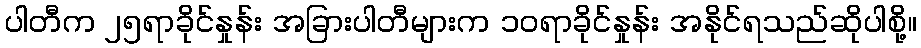
ပါတီက ၂၅ရာခိုင်နှုန်း အခြားပါတီများက ၁၀ရာခိုင်နှုန်း အနိုင်ရသည်ဆိုပါစို့။